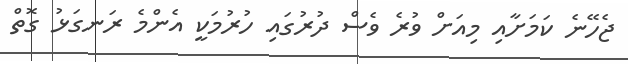
ޖެހޭނެ ކަމަށާއި މިއަށް ވުރެ ވެސް ދުރުގައި ހުރުމަކީ އެންމެ ރަނގަޅު ގޮތް